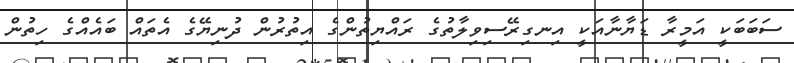
ސަބަބަކީ އަމީރާ ޑަޔާނާއަކީ އިނގިރޭސިވިލާތުގެ ރައްޔިތުންގެ އިތުރުން ދުނިޔޭގެ އެތައް ބައެއްގެ ހިތުން